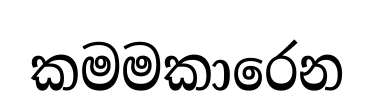
කමමකාරෙන